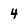
Character: 4